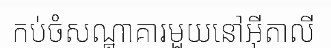
កប់ចំសណ្ឋាគារមួយនៅអ៊ីតាលី